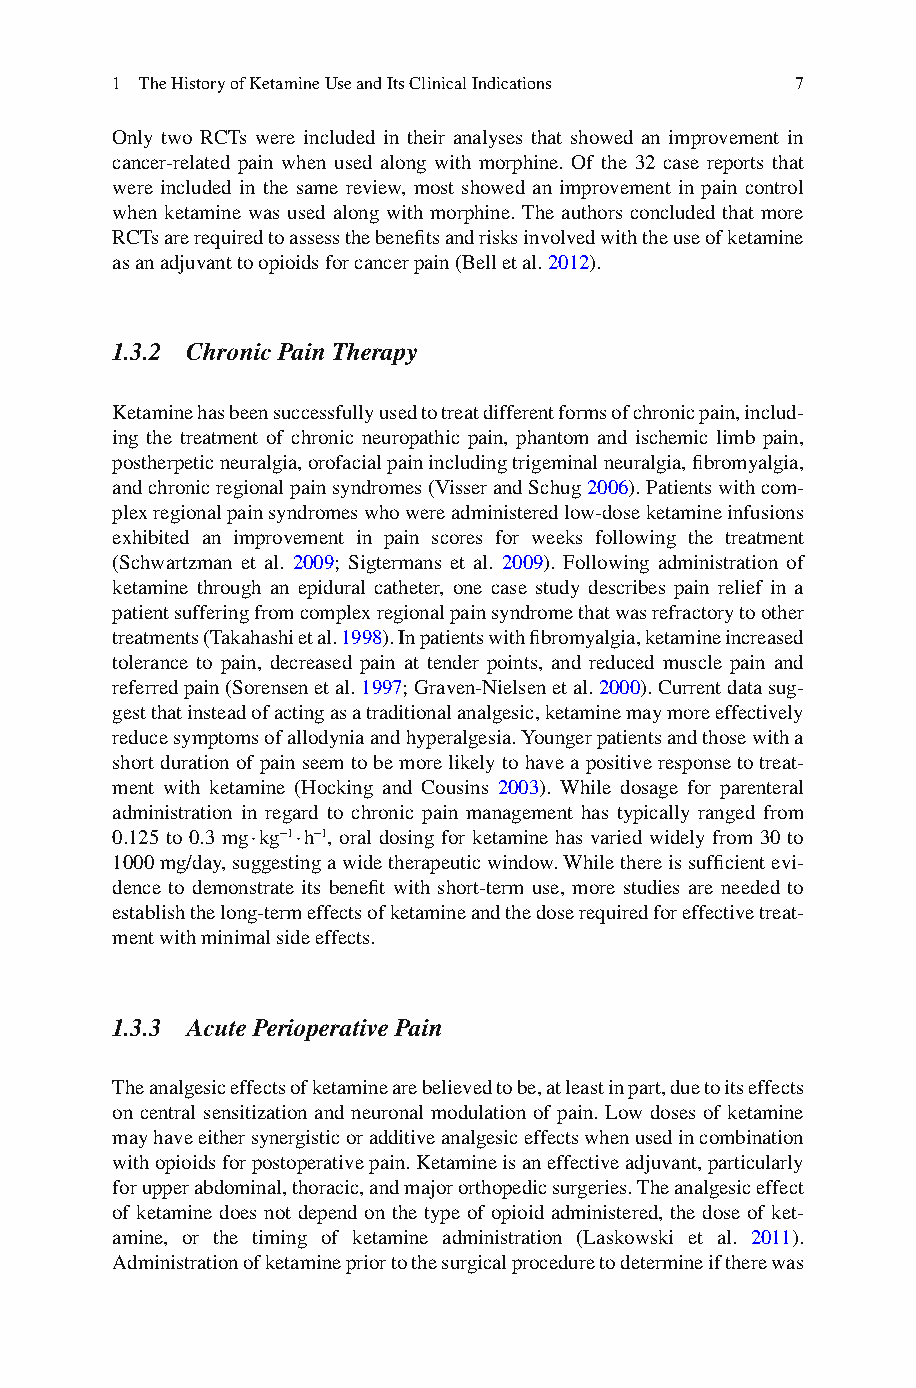
1 The History of Ketamine Use and Its Clinical Indications 7
 Only two RCTs were included in their analyses that showed an improvement in
 cancer-related pain when used along with morphine. Of the 32 case reports that
 were included in the same review, most showed an improvement in pain control
 when ketamine was used along with morphine. The authors concluded that more
 RCTs are required to assess the benefi ts and risks involved with the use of ketamine
 as an adjuvant to opioids for cancer pain (Bell et al. 2 012 ).
 1.3.2 Chronic Pain Therapy
 K etamine has been successfully used to treat different forms of chronic pain, includ-
 ing the treatment of chronic neuropathic pain, phantom and ischemic limb pain,
 postherpetic neuralgia, orofacial pain including trigeminal neuralgia, fi bromyalgia,
 and chronic regional pain syndromes (Visser and Schug 2 006 ). Patients with com-
 plex regional pain syndromes who were administered low-dose ketamine infusions
 exhibited an improvement in pain scores for weeks following the treatment
 (Schwartzman et al. 2 009 ; Sigtermans et al. 2 009 ). Following administration of
 ketamine through an epidural catheter, one case study describes pain relief in a
 patient suffering from complex regional pain syndrome that was refractory to other
 treatments (Takahashi et al. 1 998 ). In patients with fi bromyalgia, ketamine increased
 tolerance to pain, decreased pain at tender points, and reduced muscle pain and
 referred pain (Sorensen et al. 1 997; Graven-Nielsen et al. 2 000) . Current data sug-
 gest that instead of acting as a traditional analgesic, ketamine may more effectively
 reduce symptoms of allodynia and hyperalgesia. Younger patients and those with a
 short duration of pain seem to be more likely to have a positive response to treat-
 ment with ketamine (Hocking and Cousins 2 003 ). While dosage for parenteral
 administration in regard to chronic pain management has typically ranged from
 0.125 to 0.3 mg · kg −1 · h −1, oral dosing for ketamine has varied widely from 30 to
 1000 mg/day, suggesting a wide therapeutic window. While there is suffi cient evi-
 dence to demonstrate its benefi t with short-term use, more studies are needed to
 establish the long-term effects of ketamine and the dose required for effective treat-
 ment with minimal side effects.
 1.3.3 Acute Perioperative Pain
 The analgesic effects of ketamine are believed to be, at least in part, due to its effects
 on central sensitization and neuronal modulation of pain. Low doses of ketamine
 may have either synergistic or additive analgesic effects when used in combination
 with opioids for postoperative pain. Ketamine is an effective adjuvant, particularly
 for upper abdominal, thoracic, and major orthopedic surgeries. The analgesic effect
 of ketamine does not depend on the type of opioid administered, the dose of ket-
 amine, or the timing of ketamine administration (Laskowski et al. 2 011 ).
 Administration of ketamine prior to the surgical procedure to determine if there was